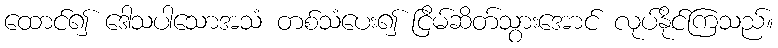
ထောင်၍ ဒေါသပါသောအသံ တစ်သံပေး၍ ငြိမ်ဆိတ်သွားအောင် လုပ်နိုင်ကြသည်။